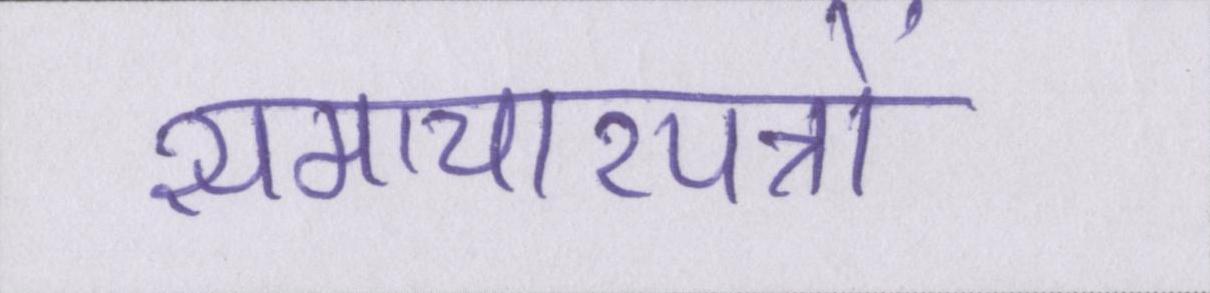
समाचारपत्रों